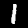
Label: 1